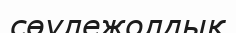
сөулежолдық